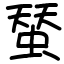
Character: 蝅